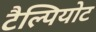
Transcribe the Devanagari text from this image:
टैल्पियोट